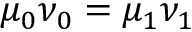
\mu _ { 0 } \nu _ { 0 } = \mu _ { 1 } \nu _ { 1 }